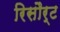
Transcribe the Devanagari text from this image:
रिसौर्ट